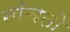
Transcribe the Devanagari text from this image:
नाँचती